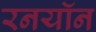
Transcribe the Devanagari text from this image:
रनयॉन